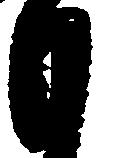
も